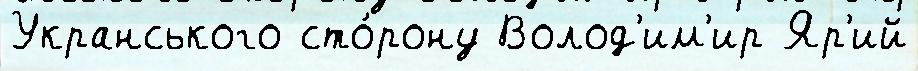
Укранського сто́рону Волод'им'ир Яр'ий